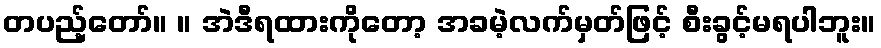
တပည့်တော်။ ။ အဲဒီရထားကိုတော့ အခမဲ့လက်မှတ်ဖြင့် စီးခွင့်မရပါဘူး။